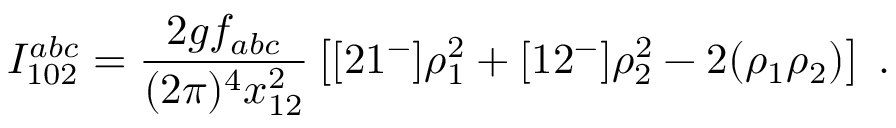
I _ { 1 0 2 } ^ { a b c } = \frac { 2 g f _ { a b c } } { ( 2 \pi ) ^ { 4 } x _ { 1 2 } ^ { 2 } } \left[ [ 2 1 ^ { - } ] \rho _ { 1 } ^ { 2 } + [ 1 2 ^ { - } ] \rho _ { 2 } ^ { 2 } - 2 ( \rho _ { 1 } \rho _ { 2 } ) \right] \; .